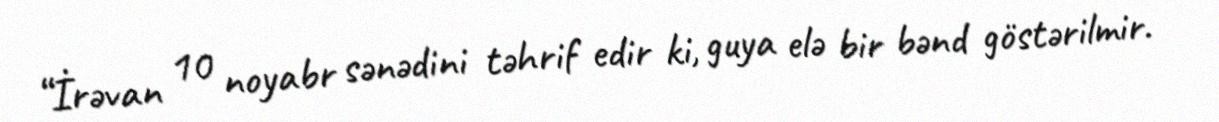
“İrəvan 10 noyabr sənədini təhrif edir ki, guya elə bir bənd göstərilmir.